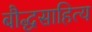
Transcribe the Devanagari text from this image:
बौद्धसाहित्य